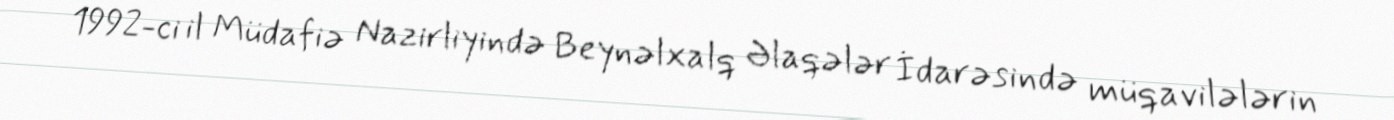
1992-ci il Müdafiə Nazirliyində Beynəlxalq Əlaqələr İdarəsində müqavilələrin